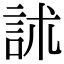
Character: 訹